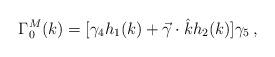
LaTeX: \begin{align*}\Gamma_0^M(k) = [\gamma_4 h_1(k) + \vec \gamma \cdot \hat k h_2(k)] \gamma_5 \, ,\end{align*}